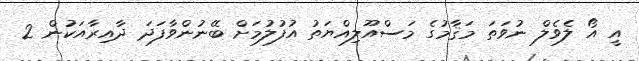
އީ އޯ ލެވެލް ނުވަތަ މަޤާމުގެ މަސްއޫލިއްޔަތު އުފުލުމަށް ބޭނުންވާފަދަ ދާއިރާއަކުން 2